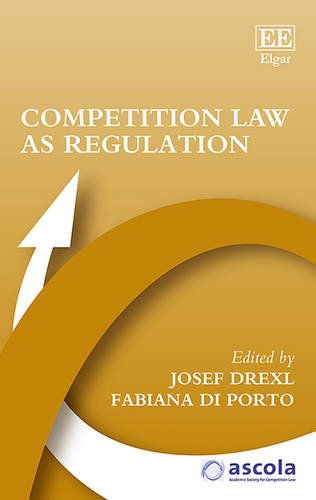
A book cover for Competition Law As Regulation (Ascola Competition Law); Josef Drexl; Law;